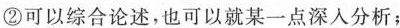
②可以综合论述，也可以就某一点深入分析；